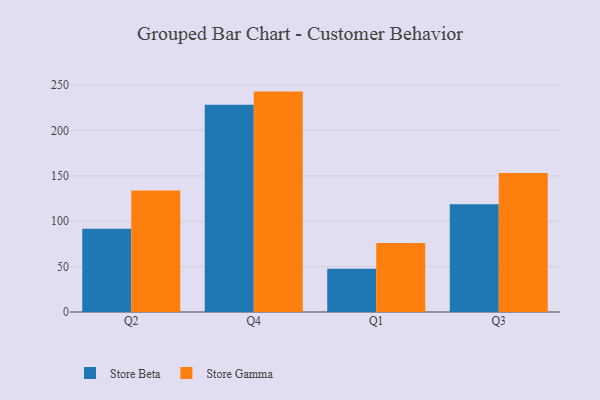
{"axis": {"x": "Quarter", "y": "Population (Million)"}, "legend": ["Store Beta", "Store Gamma"], "data": [{"x": "Q2", "y": 91.6, "type": "Store Beta"}, {"x": "Q2", "y": 133.8, "type": "Store Gamma"}, {"x": "Q4", "y": 228.4, "type": "Store Beta"}, {"x": "Q4", "y": 242.8, "type": "Store Gamma"}, {"x": "Q1", "y": 47.7, "type": "Store Beta"}, {"x": "Q1", "y": 75.9, "type": "Store Gamma"}, {"x": "Q3", "y": 118.6, "type": "Store Beta"}, {"x": "Q3", "y": 153.1, "type": "Store Gamma"}]}